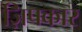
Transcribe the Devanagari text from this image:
ज़िपकार